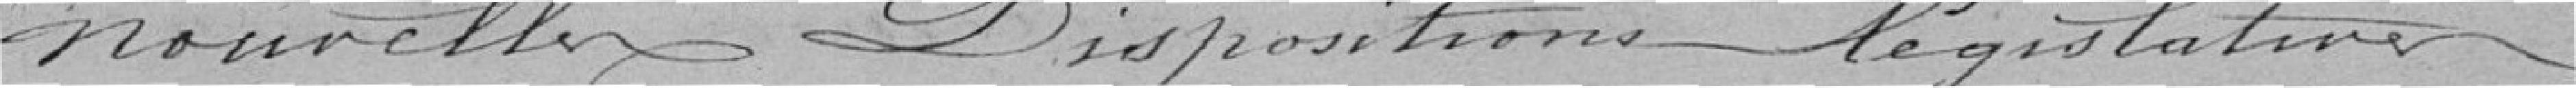
nouvelles dispositions législatives ,